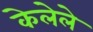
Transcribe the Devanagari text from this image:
केलेेले